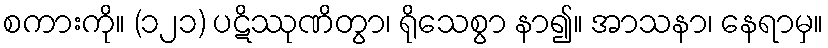
စကားကို။ (၁၂၁) ပဋိဿုဏိတွာ၊ ရိုသေစွာ နာ၍။ အာသနာ၊ နေရာမှ။